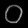
Digit: ၀